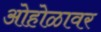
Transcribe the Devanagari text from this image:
ओहोळावर